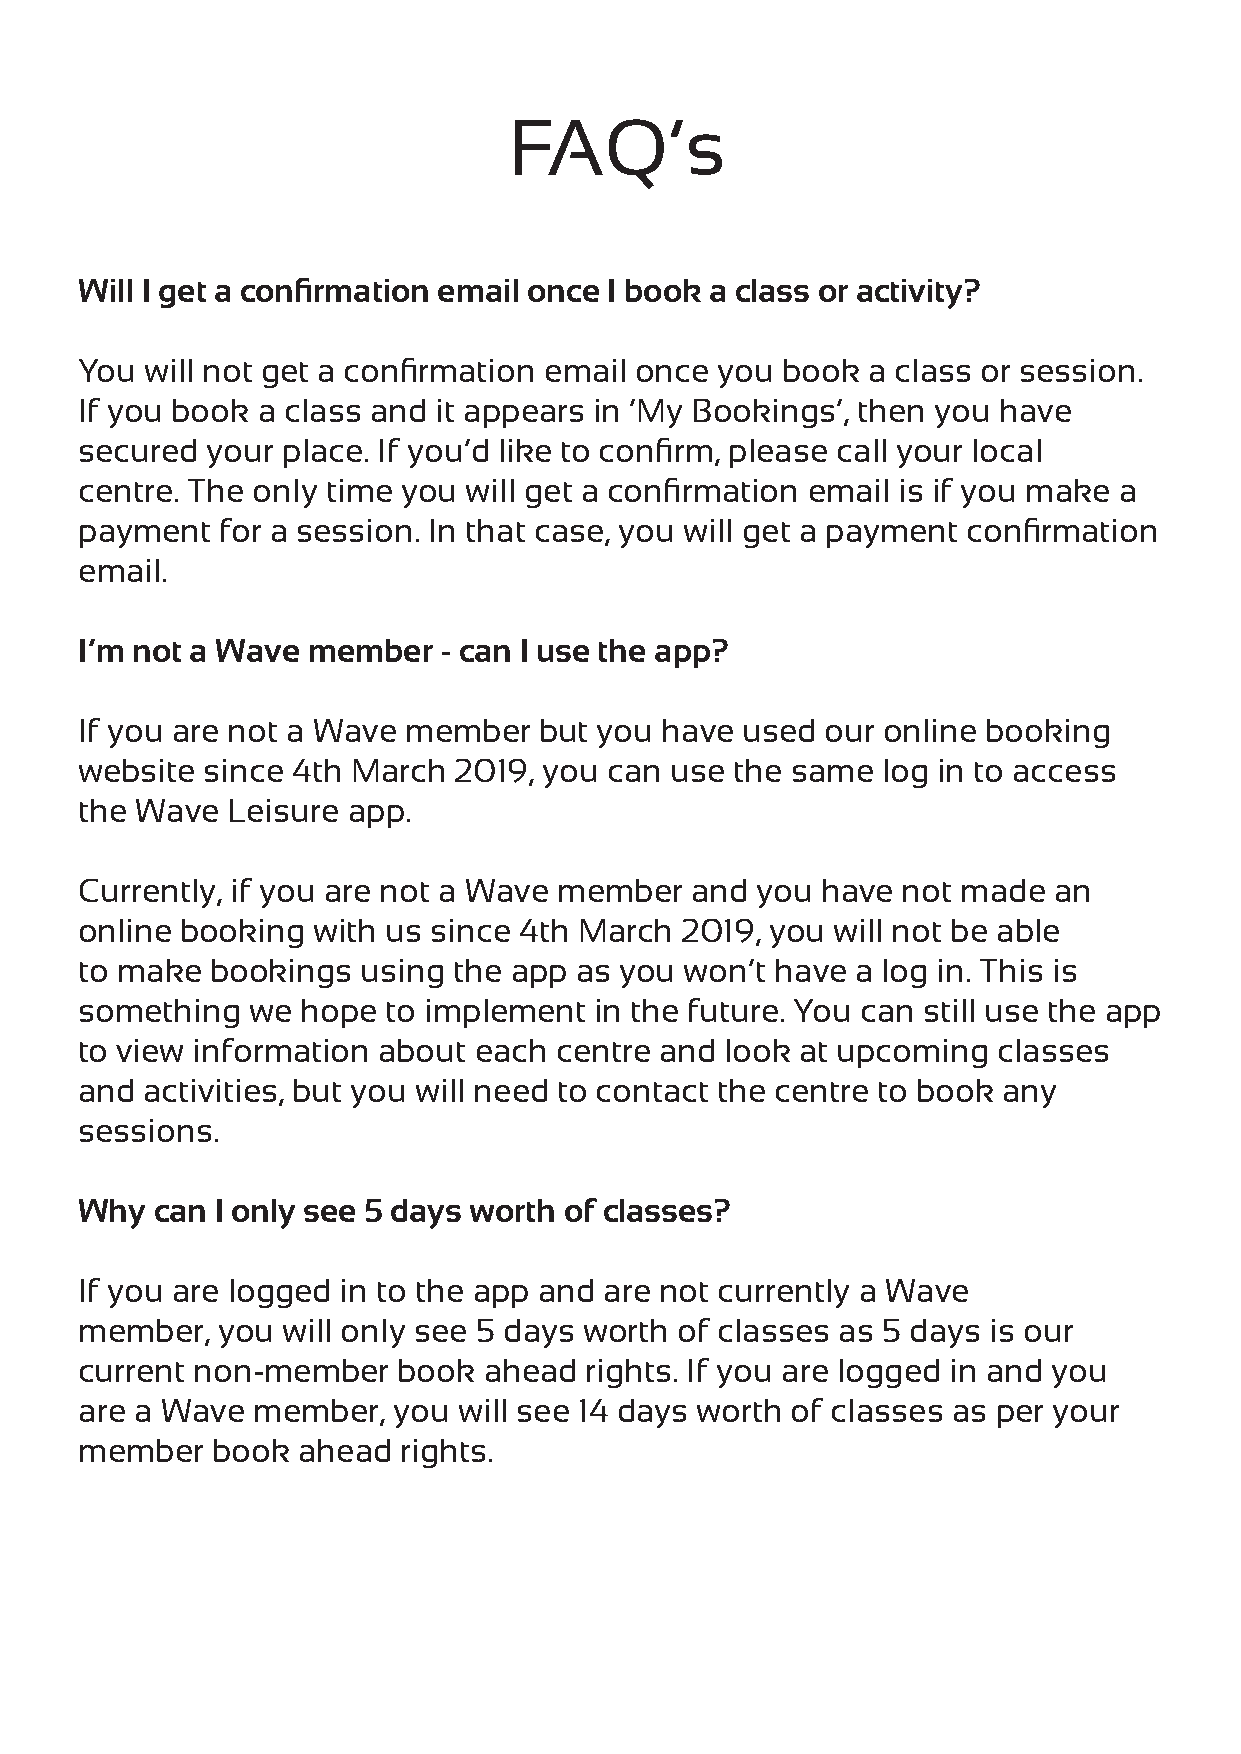
FAQ’s
 Will I get a confirmation email once I book a class or activity?
 You  will not get a confirmation email once you book a class or session.
 If you book a class and it appears in ‘My Bookings’, then you have
 secured  your place. If you’d like to confirm, please call your local
 centre. The only time you will get a confirmation email is if you make a
 payment   for a session. In that case, you will get a payment confirmation
 email.
 I’m not a Wave member   - can I use the app?
 If you are not a Wave member   but you have used  our online booking
 website  since 4th March 2019, you can use  the same log in to access
 the Wave  Leisure app.
 Currently, if you are not a Wave member  and you have  not made  an
 online booking  with us since 4th March 2019, you will not be able
 to make  bookings  using the app as you won’t have  a log in. This is
 something  we  hope  to implement in the future. You can still use the app
 to view information about each  centre and look at upcoming  classes
 and  activities, but you will need to contact the centre to book any
 sessions.
 Why  can I only see 5 days worth of classes?
 If you are logged in to the app and are not currently a Wave
 member,  you  will only see 5 days worth of classes as 5 days is our
 current non-member   book  ahead  rights. If you are logged in and you
 are a Wave  member,  you will see 14 days worth of classes as per your
 member   book  ahead  rights.